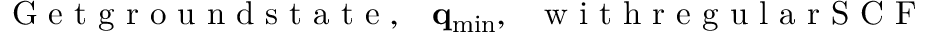
\mathrm { ~ G ~ e ~ t ~ g ~ r ~ o ~ u ~ n ~ d ~ s ~ t ~ a ~ t ~ e ~ , ~ ~ ~ } { \bf q } _ { \mathrm { m i n } } , \mathrm { ~ ~ ~ w ~ i ~ t ~ h ~ r ~ e ~ g ~ u ~ l ~ a ~ r ~ S ~ C ~ F ~ }